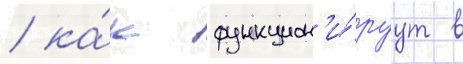
/ ка́к функцион'и́руут в